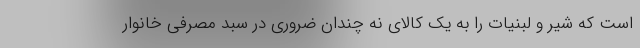
است که شیر و لبنیات را به یک کالای نه چندان ضروری در سبد مصرفی خانوار